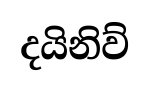
දයිනිව්